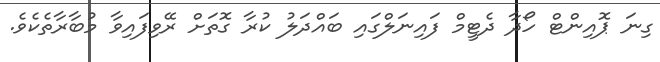
ގިނަ ޕޮއިންޓް ހޯދާ ދެޓީމް ފައިނަލްގައި ބައްދަލު ކުރާ ގޮތަށް ރޭވިފައިވާ މުބާރާތެކެވެ.